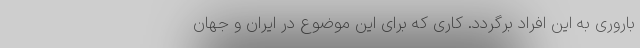
باروری به این افراد برگردد. کاری که برای این موضوع در ایران و جهان